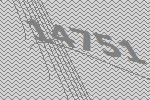
14751